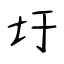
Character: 圩